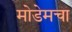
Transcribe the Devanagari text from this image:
मोडेमचा